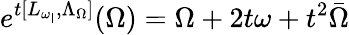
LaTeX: e^{t[L_{\omega_{\mathsf{I}}},\Lambda_{\Omega}]}(\Omega)=\Omega+2t\omega+t^{2}\bar{{\Omega}}